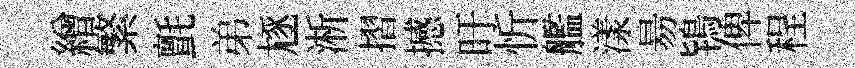
繒繁氈弟豗淅摺撼旴忻艦漾昜鴇俾程